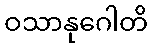
ဝသာနုဂေါတိ